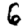
Digit: 6